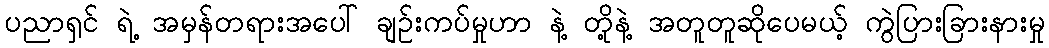
ပညာရှင် ရဲ့ အမှန်တရားအပေါ် ချဉ်းကပ်မှုဟာ နဲ့ တို့နဲ့ အတူတူဆိုပေမယ့် ကွဲပြားခြားနားမှု